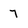
Character: 7